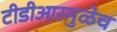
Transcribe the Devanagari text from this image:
टीडीआरमुळेच